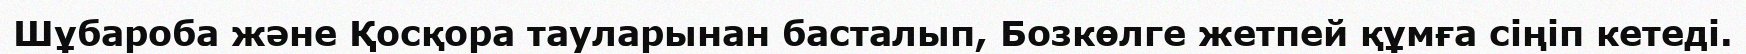
Шұбароба және Қосқора тауларынан басталып, Бозкөлге жетпей құмға сіңіп кетеді.